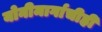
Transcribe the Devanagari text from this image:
योनीमार्गाचीही